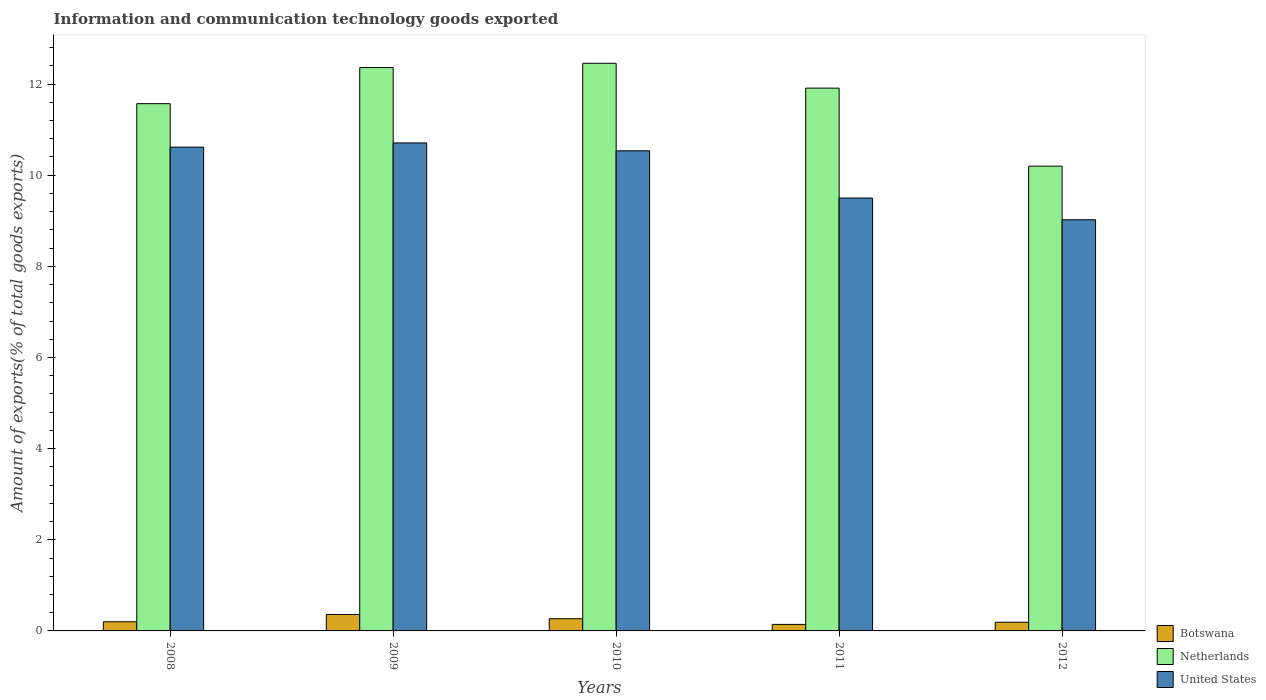
| Years | Botswana | Netherlands | United States |
 | --- | --- | --- | --- |
 | 2008 | 0.201 | 11.6 | 10.6 |
 | 2009 | 0.361 | 12.4 | 10.7 |
 | 2010 | 0.267 | 12.5 | 10.5 |
 | 2011 | 0.143 | 11.9 | 9.5 |
 | 2012 | 0.191 | 10.2 | 9.02 |